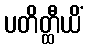
ပတိတ္ထီယိံ